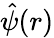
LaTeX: \hat{\psi}(r)